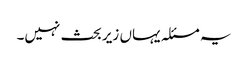
یہ مسئلہ یہاں زیر بحث نہیں۔